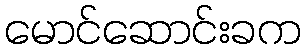
မောင်ဆောင်းခက